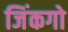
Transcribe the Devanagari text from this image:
जिंकगो